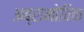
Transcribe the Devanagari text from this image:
अब्रामोविक